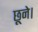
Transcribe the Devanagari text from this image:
छूने।